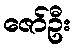
ဇော်ဦး